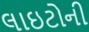
લાઇટોની